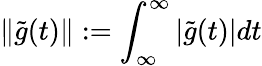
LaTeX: \| \tilde{g}(t)\| :=\int_{\infty}^{\infty}|\tilde{g}(t)|dt